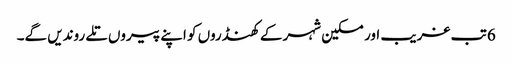
6 تب غریب اور مسکین شہر کے کھنڈروں کو اپنے پیروں تلے روندیں گے۔